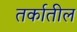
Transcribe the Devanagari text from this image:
तर्कातील